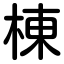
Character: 棟